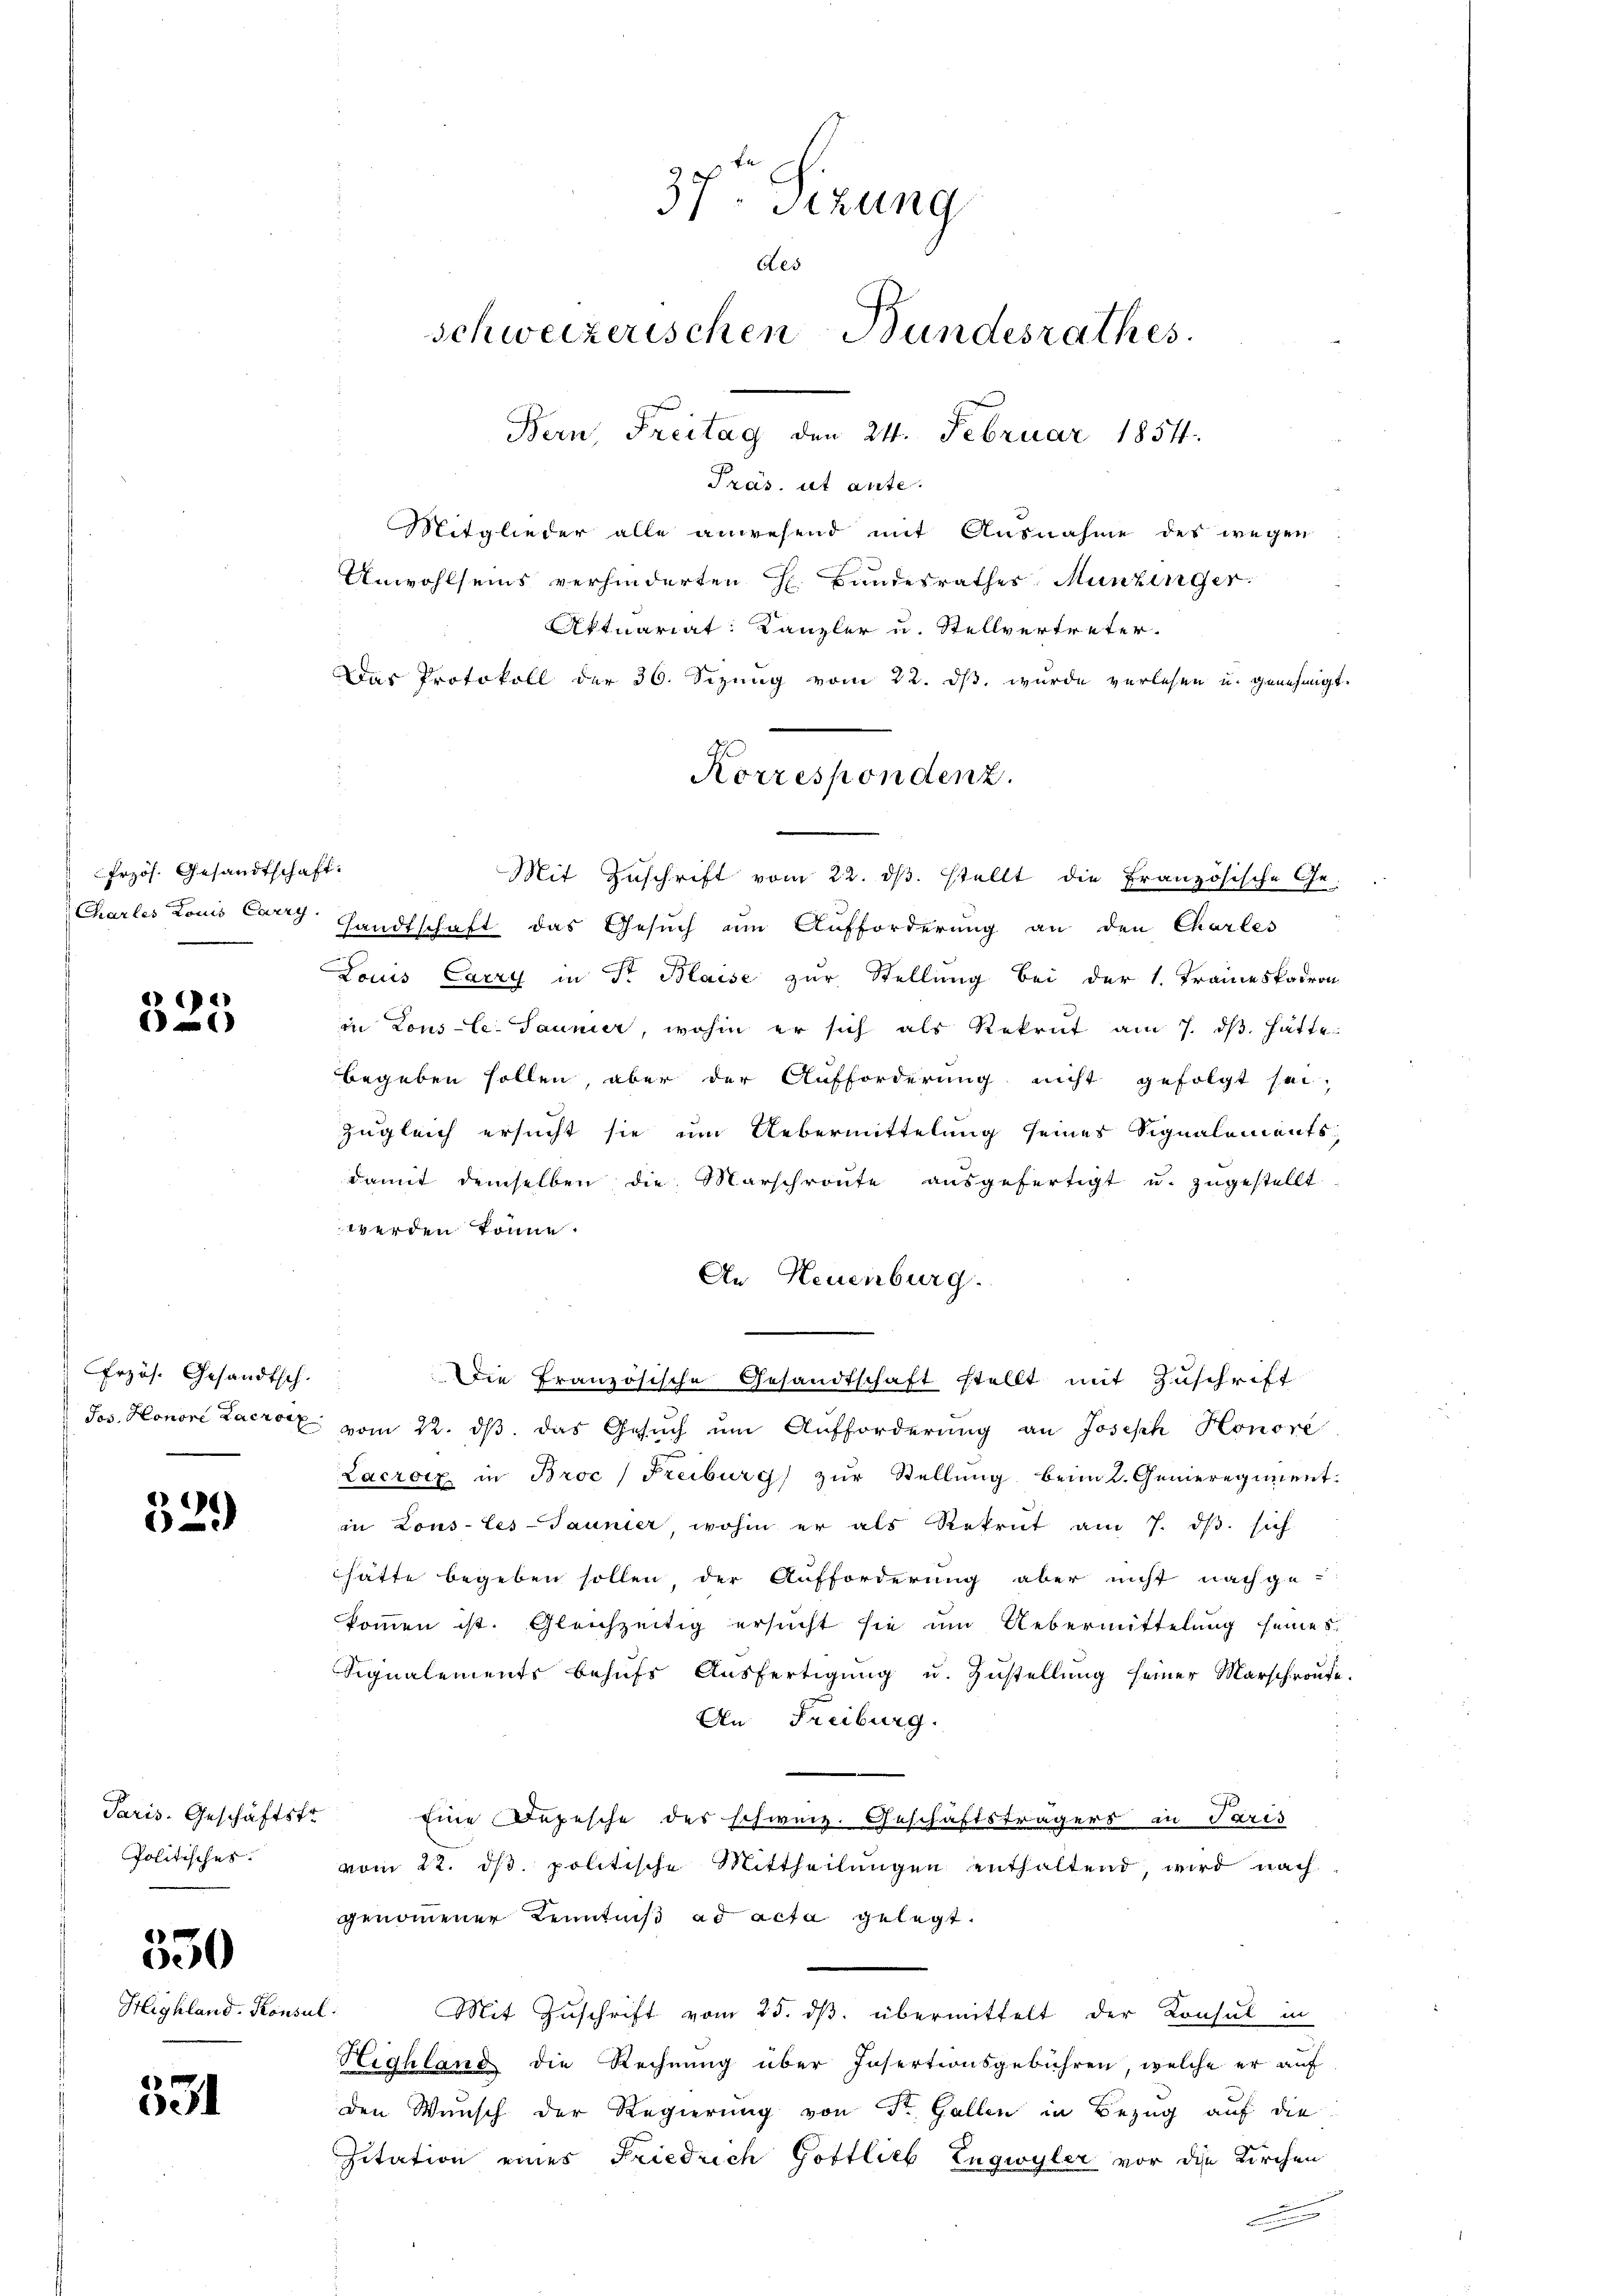
frzös. Gesandtschaft:
Chartes Louis Carry

(Pe
)

Erzös. Gesandtsch.

)
i

Paris. Geschäfts-
Politisches.

550

Highland. Konse

531

37. Sizung
Aes
schweizerischen Bundesrathes
Bern, Freitag den 24. Februar 1854.

Präs. ut ante.
Mitglieder alle anwesend mit Ausnahme des wegen
Unwohlseins verhinderten H. Bandesrathes Munzinger.
Aktuariat: Kanzler u. Stellvertreter.
Das Protokoll der 36. Sizung vom 22. ds. wurde verlesen u. genehmigt.
Mit Zuschrift vom 22. ds. stellt die Französische Ge-
Handtschaft das Gesuch um Aufforderung an den Chartes
Louis Carry in Dr Blaise zur Stellung bei der 1. Traumes padron
in Lous le Jauner, wohin er sich als Rekrut am 7. dβ hatte
begeben sollen, aber der Aufforderung nicht gefolgt sei,
zugleich ersucht sie um Uebermittelung seines Signalements
damit demselben die Marschronte aŭsgefertigt u. zugestellt.
werden könne.
An Neuenburg.
Die französische Gesandtschaft stellt mit Zuschrift
Jos. Honori Lacrotz vom 22. ds. das Gesuch um Aufforderung an Joseph Honore
Lacrotz in Broc / Freiburg) zur Stellung beim 2. Genieregiment
in Lous-tes-Jaunier, wohin er als Rekrut am 7. dβ. sich
hätte begeben sollen, der Aufforderung aber nicht nachge-
kommen ist. Gleichzeitig ersucht sie um Uebermittelung seines
Signalements behufs Ausfertigung u. Zustellung seiner Marschroute.
An Freiburg.
" Eine Depesche des schweiz. Geschäftsträgers in Paris
vom 22. dβ. politische Mittheilŭngen enthaltend, wird nach
genommener Kenntniß ad acta gelegt.
al.
Mit Zuschrift vom 25. ds. übermittelt der Konsul in
Highland die Rechnŭng über Insertionsgebühren, welche er auf
den Wunsch der Regierung von St. Gallen in Bezug auf die
Zitation eines Friedrich Gottlieb Engwyler vor die Kirchen
m

Korrespondenz.